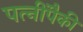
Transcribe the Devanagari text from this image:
पत्‍नींपैकी